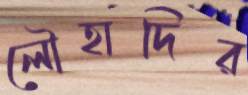
লৌহাদির